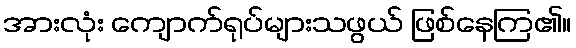
အားလုံး ကျောက်ရုပ်များသဖွယ် ဖြစ်နေကြ၏။